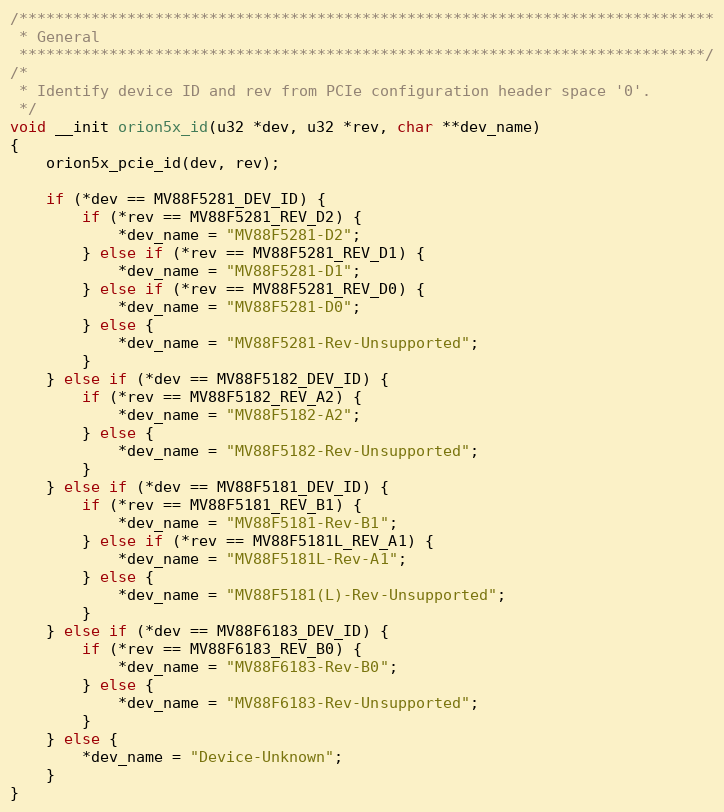
Language: C
/*****************************************************************************
 * General
 ****************************************************************************/
/*
 * Identify device ID and rev from PCIe configuration header space '0'.
 */
void __init orion5x_id(u32 *dev, u32 *rev, char **dev_name)
{
	orion5x_pcie_id(dev, rev);

	if (*dev == MV88F5281_DEV_ID) {
		if (*rev == MV88F5281_REV_D2) {
			*dev_name = "MV88F5281-D2";
		} else if (*rev == MV88F5281_REV_D1) {
			*dev_name = "MV88F5281-D1";
		} else if (*rev == MV88F5281_REV_D0) {
			*dev_name = "MV88F5281-D0";
		} else {
			*dev_name = "MV88F5281-Rev-Unsupported";
		}
	} else if (*dev == MV88F5182_DEV_ID) {
		if (*rev == MV88F5182_REV_A2) {
			*dev_name = "MV88F5182-A2";
		} else {
			*dev_name = "MV88F5182-Rev-Unsupported";
		}
	} else if (*dev == MV88F5181_DEV_ID) {
		if (*rev == MV88F5181_REV_B1) {
			*dev_name = "MV88F5181-Rev-B1";
		} else if (*rev == MV88F5181L_REV_A1) {
			*dev_name = "MV88F5181L-Rev-A1";
		} else {
			*dev_name = "MV88F5181(L)-Rev-Unsupported";
		}
	} else if (*dev == MV88F6183_DEV_ID) {
		if (*rev == MV88F6183_REV_B0) {
			*dev_name = "MV88F6183-Rev-B0";
		} else {
			*dev_name = "MV88F6183-Rev-Unsupported";
		}
	} else {
		*dev_name = "Device-Unknown";
	}
}